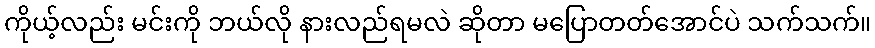
ကိုယ့်လည်း မင်းကို ဘယ်လို နားလည်ရမလဲ ဆိုတာ မပြောတတ်အောင်ပဲ သက်သက်။